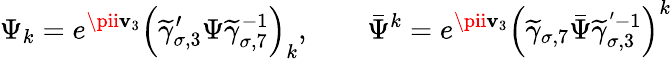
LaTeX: \Psi_{k}=e^{\pii\mathbf{v}_{3}}\left(\widetilde{{\gamma}}_{\sigma,3}^{\prime}\Psi\widetilde{{\gamma}}_{\sigma,7}^{-1}\right)_{k},\quad\quad\bar{{\Psi}}^{k}=e^{\pii\mathbf{v}_{3}}\left(\widetilde{{\gamma}}_{\sigma,7}\bar{{\Psi}}\widetilde{{\gamma}}_{\sigma,3}^{'-1}\right)^{k}